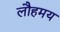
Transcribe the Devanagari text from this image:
लौहमय